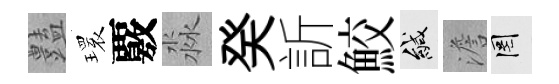
𧰟𤨔覈淼癸訢鮫緘澹罔